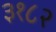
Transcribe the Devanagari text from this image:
३१८२